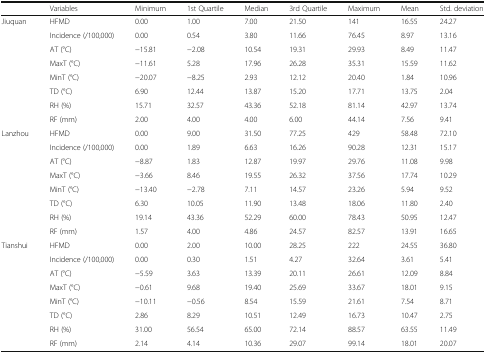
<table><thead><tr><td></td><td><b>Variables</b></td><td><b>Minimum</b></td><td><b>1st Quartile</b></td><td><b>Median</b></td><td><b>3rd Quartile</b></td><td><b>Maximum</b></td><td><b>Mean</b></td><td><b>Std. deviation</b></td></tr></thead><tbody><tr><td rowspan="8">Jiuquan</td><td>HFMD</td><td>0.00</td><td>1.00</td><td>7.00</td><td>21.50</td><td>141</td><td>16.55</td><td>24.27</td></tr><tr><td>Incidence (/100,000)</td><td>0.00</td><td>0.54</td><td>3.80</td><td>11.66</td><td>76.45</td><td>8.97</td><td>13.16</td></tr><tr><td>AT (°C)</td><td>−15.81</td><td>−2.08</td><td>10.54</td><td>19.31</td><td>29.93</td><td>8.49</td><td>11.47</td></tr><tr><td>MaxT (°C)</td><td>−11.61</td><td>5.28</td><td>17.96</td><td>26.28</td><td>35.31</td><td>15.59</td><td>11.62</td></tr><tr><td>MinT (°C)</td><td>−20.07</td><td>−8.25</td><td>2.93</td><td>12.12</td><td>20.40</td><td>1.84</td><td>10.96</td></tr><tr><td>TD (°C)</td><td>6.90</td><td>12.44</td><td>13.87</td><td>15.20</td><td>17.71</td><td>13.75</td><td>2.04</td></tr><tr><td>RH (%)</td><td>15.71</td><td>32.57</td><td>43.36</td><td>52.18</td><td>81.14</td><td>42.97</td><td>13.74</td></tr><tr><td>RF (mm)</td><td>2.00</td><td>4.00</td><td>4.00</td><td>6.00</td><td>44.14</td><td>7.56</td><td>9.41</td></tr><tr><td rowspan="8">Lanzhou</td><td>HFMD</td><td>0.00</td><td>9.00</td><td>31.50</td><td>77.25</td><td>429</td><td>58.48</td><td>72.10</td></tr><tr><td>Incidence (/100,000)</td><td>0.00</td><td>1.89</td><td>6.63</td><td>16.26</td><td>90.28</td><td>12.31</td><td>15.17</td></tr><tr><td>AT (°C)</td><td>−8.87</td><td>1.83</td><td>12.87</td><td>19.97</td><td>29.76</td><td>11.08</td><td>9.98</td></tr><tr><td>MaxT (°C)</td><td>−3.66</td><td>8.46</td><td>19.55</td><td>26.32</td><td>37.56</td><td>17.74</td><td>10.29</td></tr><tr><td>MinT (°C)</td><td>−13.40</td><td>−2.78</td><td>7.11</td><td>14.57</td><td>23.26</td><td>5.94</td><td>9.52</td></tr><tr><td>TD (°C)</td><td>6.30</td><td>10.05</td><td>11.90</td><td>13.48</td><td>18.06</td><td>11.80</td><td>2.40</td></tr><tr><td>RH (%)</td><td>19.14</td><td>43.36</td><td>52.29</td><td>60.00</td><td>78.43</td><td>50.95</td><td>12.47</td></tr><tr><td>RF (mm)</td><td>1.57</td><td>4.00</td><td>4.86</td><td>24.57</td><td>82.57</td><td>13.91</td><td>16.65</td></tr><tr><td rowspan="8">Tianshui</td><td>HFMD</td><td>0.00</td><td>2.00</td><td>10.00</td><td>28.25</td><td>222</td><td>24.55</td><td>36.80</td></tr><tr><td>Incidence (/100,000)</td><td>0.00</td><td>0.30</td><td>1.51</td><td>4.27</td><td>32.64</td><td>3.61</td><td>5.41</td></tr><tr><td>AT (°C)</td><td>−5.59</td><td>3.63</td><td>13.39</td><td>20.11</td><td>26.61</td><td>12.09</td><td>8.84</td></tr><tr><td>MaxT (°C)</td><td>−0.61</td><td>9.68</td><td>19.40</td><td>25.69</td><td>33.67</td><td>18.01</td><td>9.15</td></tr><tr><td>MinT (°C)</td><td>−10.11</td><td>−0.56</td><td>8.54</td><td>15.59</td><td>21.61</td><td>7.54</td><td>8.71</td></tr><tr><td>TD (°C)</td><td>2.86</td><td>8.29</td><td>10.51</td><td>12.49</td><td>16.73</td><td>10.47</td><td>2.75</td></tr><tr><td>RH (%)</td><td>31.00</td><td>56.54</td><td>65.00</td><td>72.14</td><td>88.57</td><td>63.55</td><td>11.49</td></tr><tr><td>RF (mm)</td><td>2.14</td><td>4.14</td><td>10.36</td><td>29.07</td><td>99.14</td><td>18.01</td><td>20.07</td></tr></tbody></table>